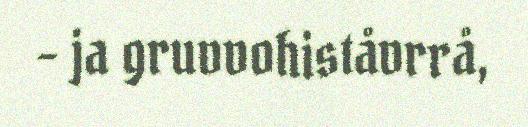
- ja gruvvohiståvrrå,